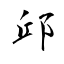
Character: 邱